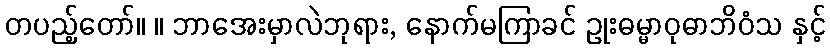
တပည့်တော်။ ။ ဘာအေးမှာလဲဘုရား, နောက်မကြာခင် ဥုးဓမ္မာဝုဓာဘိဝံသ နှင့်